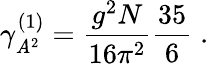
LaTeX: \gamma_{\mathit{A}^{2}}^{(1)}=\frac{{g^{2}N}}{{16\pi^{2}}}\frac{{35}}{{6}}\; .